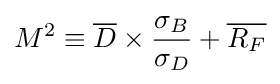
M^{2}\equiv {\overline {D}}\times {\frac {\sigma _{B}}{\sigma _{D}}}+{\overline {R_{F}}}